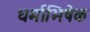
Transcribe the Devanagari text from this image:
धर्माभिषेक